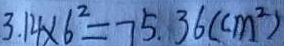
3 . 1 4 \times 6 ^ { 2 } = 7 5 . 3 6 ( c m ^ { 2 } )